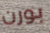
بورن